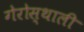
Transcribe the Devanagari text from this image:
गेरोस्थाली